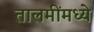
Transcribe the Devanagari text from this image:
तालमींमध्ये